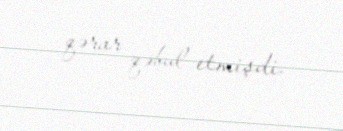
qərar qəbul etmişdi.